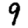
Digit: 9